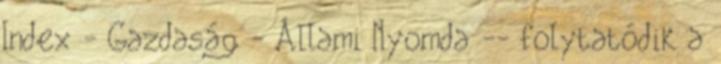
Index - Gazdaság - Állami Nyomda -- folytatódik a